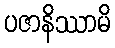
ပဇာနိဿာမိ